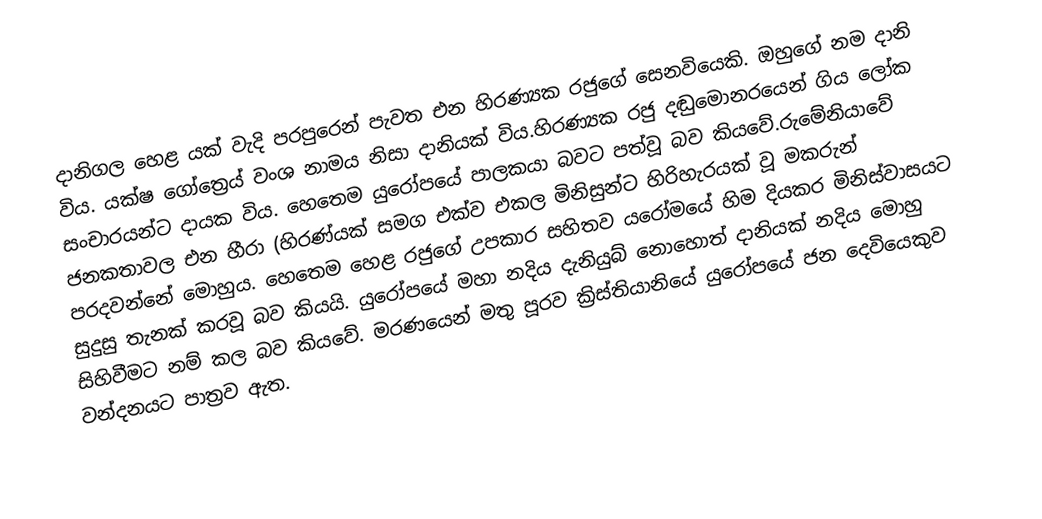
දානිගල හෙළ යක් වැදි පරපුරෙන් පැවත එන හිරණ්‍යක රජුගේ සෙනවියෙකි. ඔහුගේ නම දානි විය. යක්ෂ ගෝත්‍රෙය් වංශ නාමය නිසා දානියක් විය.හිරණ්‍යක රජු දඬුමොනරයෙන් ගිය ලෝක සංචාරයන්ට දායක විය. හෙතෙම යුරෝපයේ පාලකයා බවට පත්වූ බව කියවේ.රුමේනියාවේ ජනකතාවල එන හීරා (හිරණ්යක් සමග එක්ව එකල මිනිසුන්ට හිරිහැරයක් වූ මකරුන් පරදවන්නේ මොහුය. හෙතෙම හෙළ රජුගේ උපකාර සහිතව යරෝමයේ හිම දියකර මිනිස්වාසයට සුදුසු තැනක් කරවූ බව කියයි. යුරෝපයේ මහා නදිය දැනියුබ් නොහොත් දානියක් නදිය මොහු සිහිවීමට නම් කල බව කියවේ. මරණයෙන් මතු පූරව ක්‍රිස්තියානියේ යුරෝපයේ ජන දෙවියෙකුව වන්දනයට පාත්‍රව ඇත.